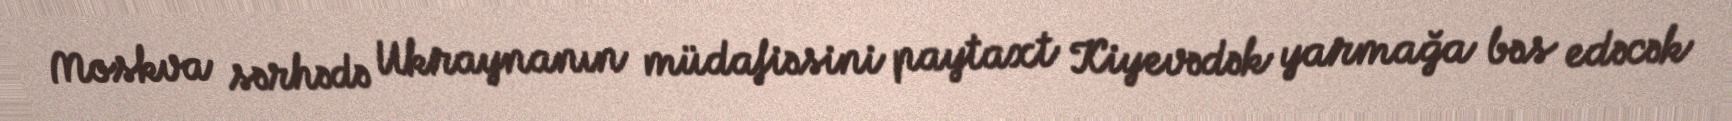
Moskva sərhədə Ukraynanın müdafiəsini paytaxt Kiyevədək yarmağa bəs edəcək